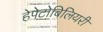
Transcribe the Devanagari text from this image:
हेपेटोबिलियरी